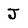
Character: J